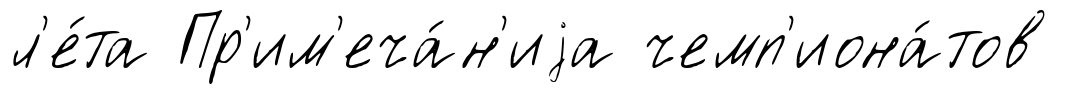
л'е́та Пр'им'еча́н'иjа чемп'иона́тов